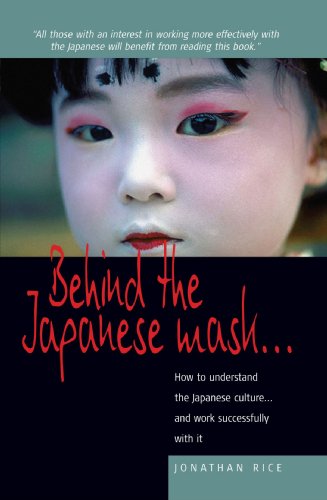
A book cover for Behind the Japanese Mask . . .: How to understand the Japanese culture . . . and work successfully with it; Jonathan Rice; Travel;